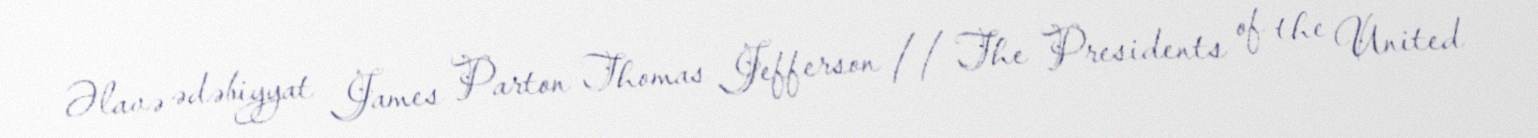
Əlavə ədəbiyyat James Parton Thomas Jefferson // The Presidents of the United